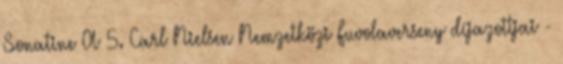
Sonatine A 5. Carl Nielsen Nemzetközi Fuvolaverseny díjazottjai -